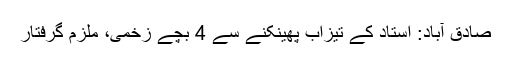
صادق آباد: استاد کے تیزاب پھینکنے سے 4 بچے زخمی، ملزم گرفتار